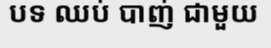
បទ ឈប់ បាញ់ ជាមួយ